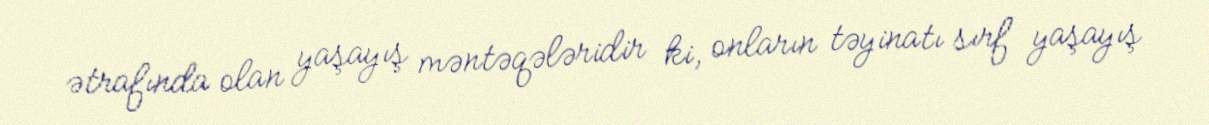
ətrafında olan yaşayış məntəqələridir ki, onların təyinatı sırf yaşayış